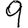
Digit: 9